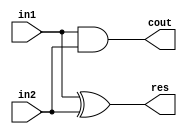
// File ./Stage1/incrementerSubBlock.vhd translated with vhd2vl v3.0 VHDL to Verilog RTL translator
// vhd2vl settings:
//  * Verilog Module Declaration Style: 2001

// vhd2vl is Free (libre) Software:
//   Copyright (C) 2001 Vincenzo Liguori - Ocean Logic Pty Ltd
//     http://www.ocean-logic.com
//   Modifications Copyright (C) 2006 Mark Gonzales - PMC Sierra Inc
//   Modifications (C) 2010 Shankar Giri
//   Modifications Copyright (C) 2002-2017 Larry Doolittle
//     http://doolittle.icarus.com/~larry/vhd2vl/
//   Modifications (C) 2017 Rodrigo A. Melo
//
//   vhd2vl comes with ABSOLUTELY NO WARRANTY.  Always check the resulting
//   Verilog for correctness, ideally with a formal verification tool.
//
//   You are welcome to redistribute vhd2vl under certain conditions.
//   See the license (GPLv2) file included with the source for details.

// The result of translation follows.  Its copyright status should be
// considered unchanged from the original VHDL.

// no timescale needed

module incrementerSubBlock(
input wire in1,
input wire in2,
output wire res,
output wire cout
);





  assign res = in1 ^ in2;
  assign cout = in1 & in2;

endmodule